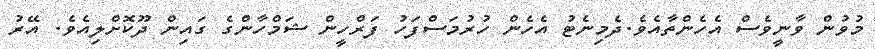
މުވުން ވާނީވެސް އެހެންތާއެވެ.ދެމިނެޓު އެހެން ހުރުމަސްފަހު ފަރްހީން ޝަމްހާންގެ ގައިން ދޫކޮށްލިއެވެ. އޭރު